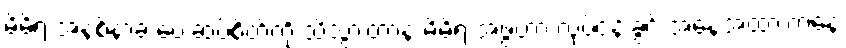
မိမိရဲ့ အနစ်နာခံ ပေးဆပ်စိတ်ကို သိသွားတာနဲ့ မိမိရဲ့ အဖွဲ့ဟာ လုပ်ငန်းခွင် အနေအထားကနေ